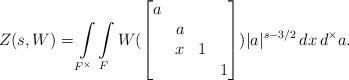
LaTeX: \begin{align*} Z(s,W)=\int\limits_{F^\times}\int\limits_FW(\left[\begin{matrix}a\\&a\\ &x&1\\&&&1\end{matrix}\right])|a|^{s-3/2}\,dx\,d^\times a.\end{align*}